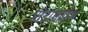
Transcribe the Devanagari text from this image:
पोंटासाहिब